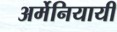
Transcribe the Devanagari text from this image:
अर्मेनियायी